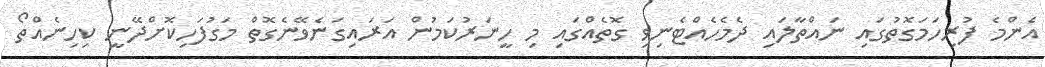
އެންމެ ފުރިހަމަގޮތުގައި ނައްތާލައި ދެމެހެއްޓެނިވި ގޮތެއްގައި މި ހީނަރުކަމުން އަރައިގަނެވޭނެގޮތް މަގުފަހިކޮށްދޭނީ ކިހިނެއްތޯ